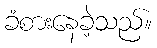
ခံစားနေခဲ့သည်။